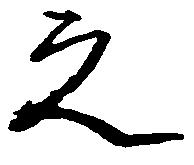
之